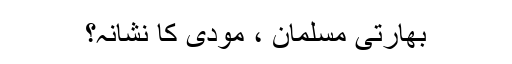
بھارتی مسلمان ، مودی کا نشانہ؟